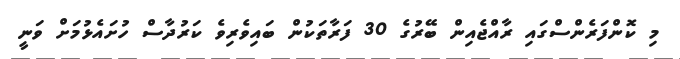
މި ކޮންފަރެންސްގައި ރާއްޖެއިން ބޭރުގެ 30 ފަރާތަކުން ބައިވެރިވެ ކަރުދާސް ހުށައެޅުމަށް ވަނީ